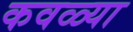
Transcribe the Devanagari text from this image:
कवळ्या